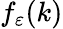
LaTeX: f_{\varepsilon}(k)